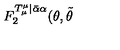
F _ { 2 } ^ { T _ { \mu } ^ { \mu } | \bar { \alpha } \alpha } ( \theta , \tilde { \theta }